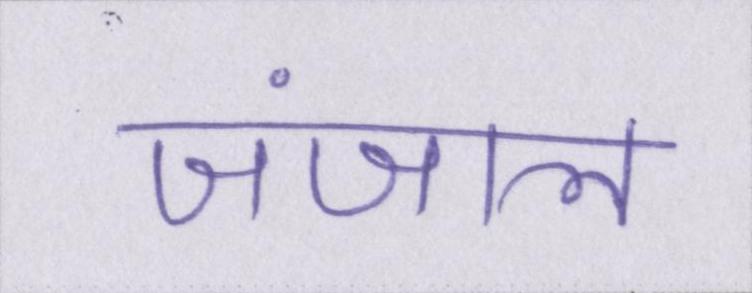
जंजाल